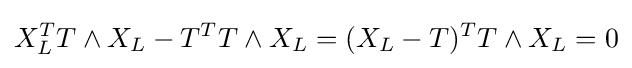
X_{L}^{T}T\wedge X_{L}-T^{T}T\wedge X_{L}=(X_{L}-T)^{T}T\wedge X_{L}=0